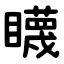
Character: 䁾